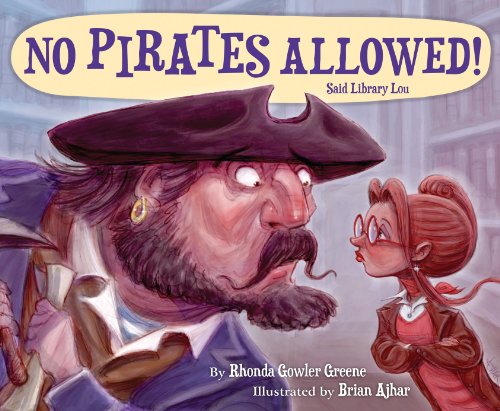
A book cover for No Pirates Allowed Said Library Lou; Rhonda Gowler Greene; Children's Books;